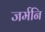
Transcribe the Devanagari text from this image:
जर्मनि